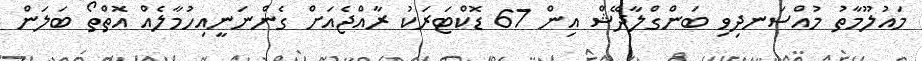
މައުލޫމާތު މުއްސަނދިވި ބަންގްލާދޭޝް އިން 67 ޑޮކްޓަރަކު ރާއްޖެއަށް ގެންނަނީއިހުމާލެއް އޮތްތޯ ބަލަން